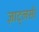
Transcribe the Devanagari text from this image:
ज़ाट्लर्स।